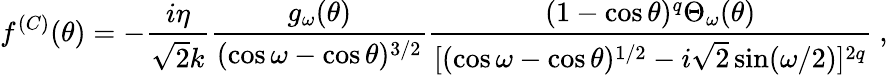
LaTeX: f^{(C)}(\theta)=-\frac{i\eta}{\sqrt 2k}\frac{g_{\omega}(\theta)}{(\cos\omega-\cos\theta)^{3/2}}\frac{(1-\cos\theta)^{q}\Theta_{\omega}(\theta)}{[(\cos\omega-\cos\theta)^{1/2}-i\sqrt 2\sin(\omega/2)]^{2q}}\ ,